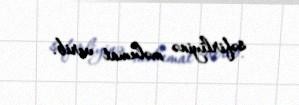
səfirliyinə məlumat verib.